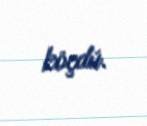
köçdü.